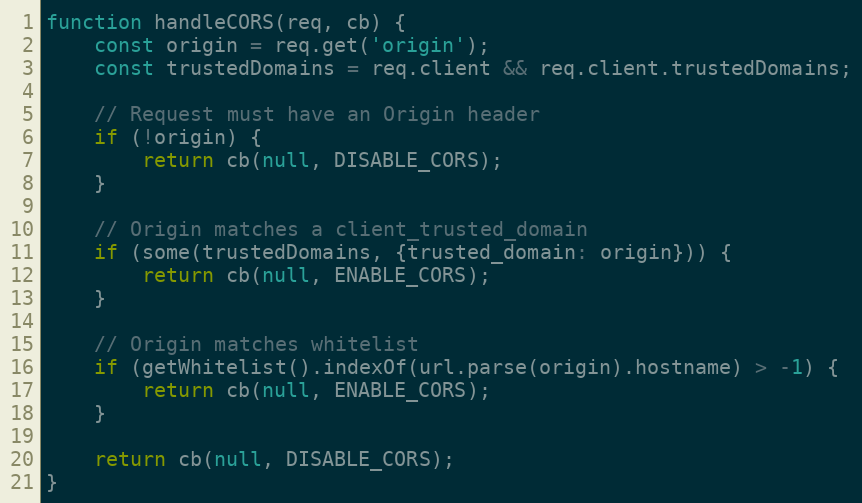
Language: JavaScript
function handleCORS(req, cb) {
    const origin = req.get('origin');
    const trustedDomains = req.client && req.client.trustedDomains;

    // Request must have an Origin header
    if (!origin) {
        return cb(null, DISABLE_CORS);
    }

    // Origin matches a client_trusted_domain
    if (some(trustedDomains, {trusted_domain: origin})) {
        return cb(null, ENABLE_CORS);
    }

    // Origin matches whitelist
    if (getWhitelist().indexOf(url.parse(origin).hostname) > -1) {
        return cb(null, ENABLE_CORS);
    }

    return cb(null, DISABLE_CORS);
}